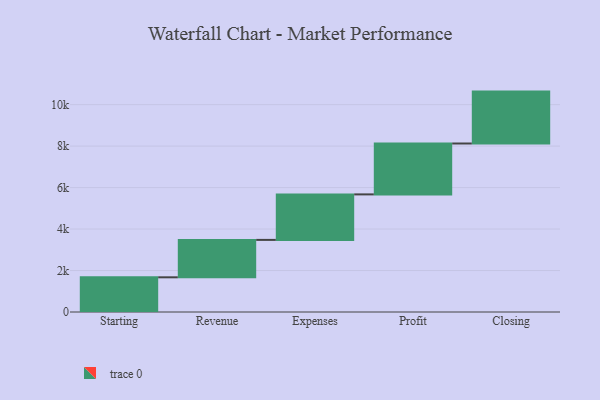
{"axis": {"x": "Step", "y": "Value"}, "legend": [""], "data": [{"x": "Starting", "y": 1673.0, "type": ""}, {"x": "Revenue", "y": 1804.0, "type": ""}, {"x": "Expenses", "y": 2195.0, "type": ""}, {"x": "Profit", "y": 2454.0, "type": ""}, {"x": "Closing", "y": 2503.0, "type": ""}]}